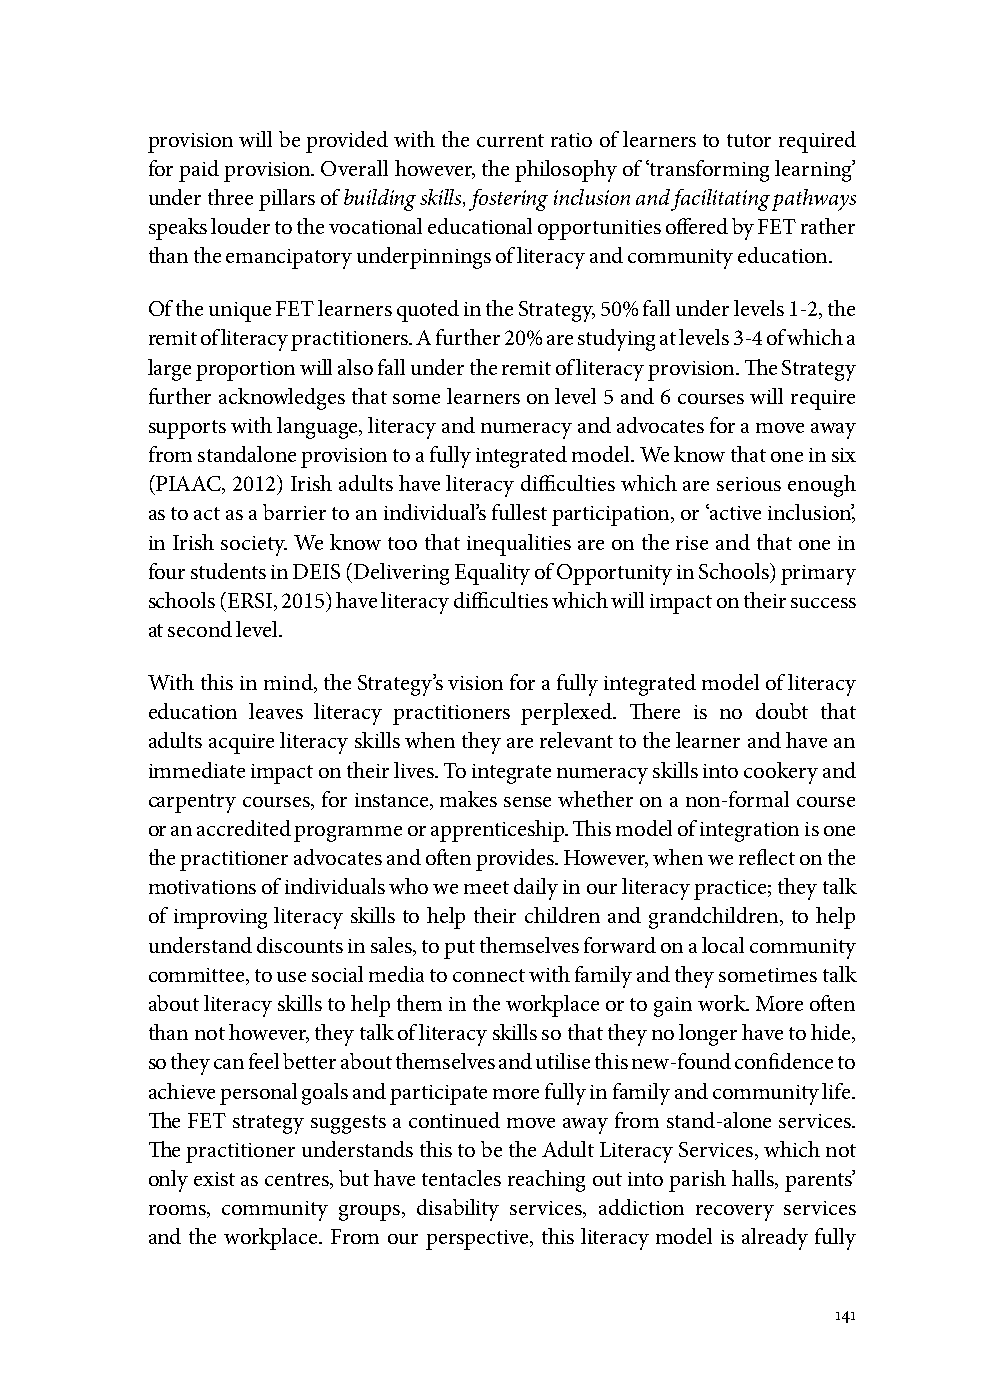
provision will be provided with the current ratio of learners to tutor required
 for paid provision. Overall however, the philosophy of ‘transforming learning’
 under three pillars of building skills, fostering inclusion and facilitating pathways
 speaks louder to the vocational educational opportunities offered by FET rather
 than the emancipatory underpinnings of literacy and community education.
 Of the unique FET learners quoted in the Strategy, 50% fall under levels 1-2, the
 remit of literacy practitioners. A further 20% are studying at levels 3-4 of which a
 large proportion will also fall under the remit of literacy provision. The Strategy
 further acknowledges that some learners on level 5 and 6 courses will require
 supports with language, literacy and numeracy and advocates for a move away
 from standalone provision to a fully integrated model. We know that one in six
 (PIAAC, 2012) Irish adults have literacy difficulties which are serious enough
 as to act as a barrier to an individual’s fullest participation, or ‘active inclusion’,
 in Irish society. We know too that inequalities are on the rise and that one in
 four students in DEIS (Delivering Equality of Opportunity in Schools) primary
 schools (ERSI, 2015) have literacy difficulties which will impact on their success
 at second level.
 With this in mind, the Strategy’s vision for a fully integrated model of literacy
 education leaves literacy practitioners perplexed. There is no doubt that
 adults acquire literacy skills when they are relevant to the learner and have an
 immediate impact on their lives. To integrate numeracy skills into cookery and
 carpentry courses, for instance, makes sense whether on a non-formal course
 or an accredited programme or apprenticeship. This model of integration is one
 the practitioner advocates and often provides. However, when we reflect on the
 motivations of individuals who we meet daily in our literacy practice; they talk
 of improving literacy skills to help their children and grandchildren, to help
 understand discounts in sales, to put themselves forward on a local community
 committee, to use social media to connect with family and they sometimes talk
 about literacy skills to help them in the workplace or to gain work. More often
 than not however, they talk of literacy skills so that they no longer have to hide,
 so they can feel better about themselves and utilise this new-found confidence to
 achieve personal goals and participate more fully in family and community life.
 The FET strategy suggests a continued move away from stand-alone services.
 The practitioner understands this to be the Adult Literacy Services, which not
 only exist as centres, but have tentacles reaching out into parish halls, parents’
 rooms, community groups, disability services, addiction recovery services
 and the workplace. From our perspective, this literacy model is already fully
 141